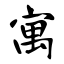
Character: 寓